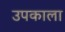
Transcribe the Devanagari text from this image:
उपकाला